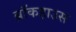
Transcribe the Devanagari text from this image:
ब्रॉकहाउस